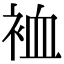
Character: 裇